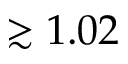
\gtrsim 1 . 0 2